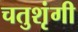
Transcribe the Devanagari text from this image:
चतुशृंगी